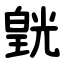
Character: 皝